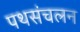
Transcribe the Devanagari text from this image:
पथसंचलन